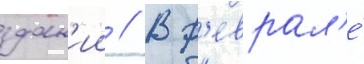
здан'ии // В ф'еврал'е́